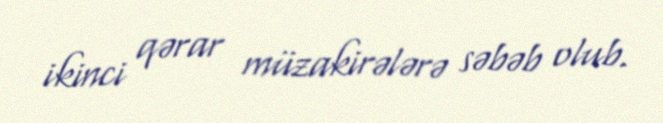
ikinci qərar müzakirələrə səbəb olub.